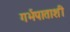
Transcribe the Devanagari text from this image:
गर्भपाताशी